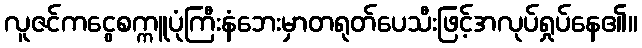
လူဇင်ကငွေစက္ကူပုံကြီးနံဘေးမှာတရုတ်ပေသီးဖြင့်အလုပ်ရှုပ်နေ၏။